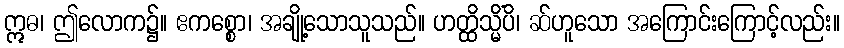
ဣဓ၊ ဤလောက၌။ ဧကစ္စော၊ အချို့သောသူသည်။ ဟတ္ထိသ္မိံပိ၊ ဆ်ဟူသော အကြောင်းကြောင့်လည်း။